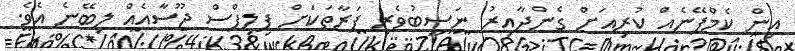
އިން ކެމްޕޭނެއް ކުރިއަށް ގެންދާއިރު ނަސީބުވެރި ފަރާތަކަށް ފިލިޕްސް ޖޫސާއެއް ލިބޭނެ އެވެ.